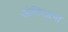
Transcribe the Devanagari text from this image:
ओलिआना